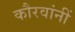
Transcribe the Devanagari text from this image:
कौरवांनीं